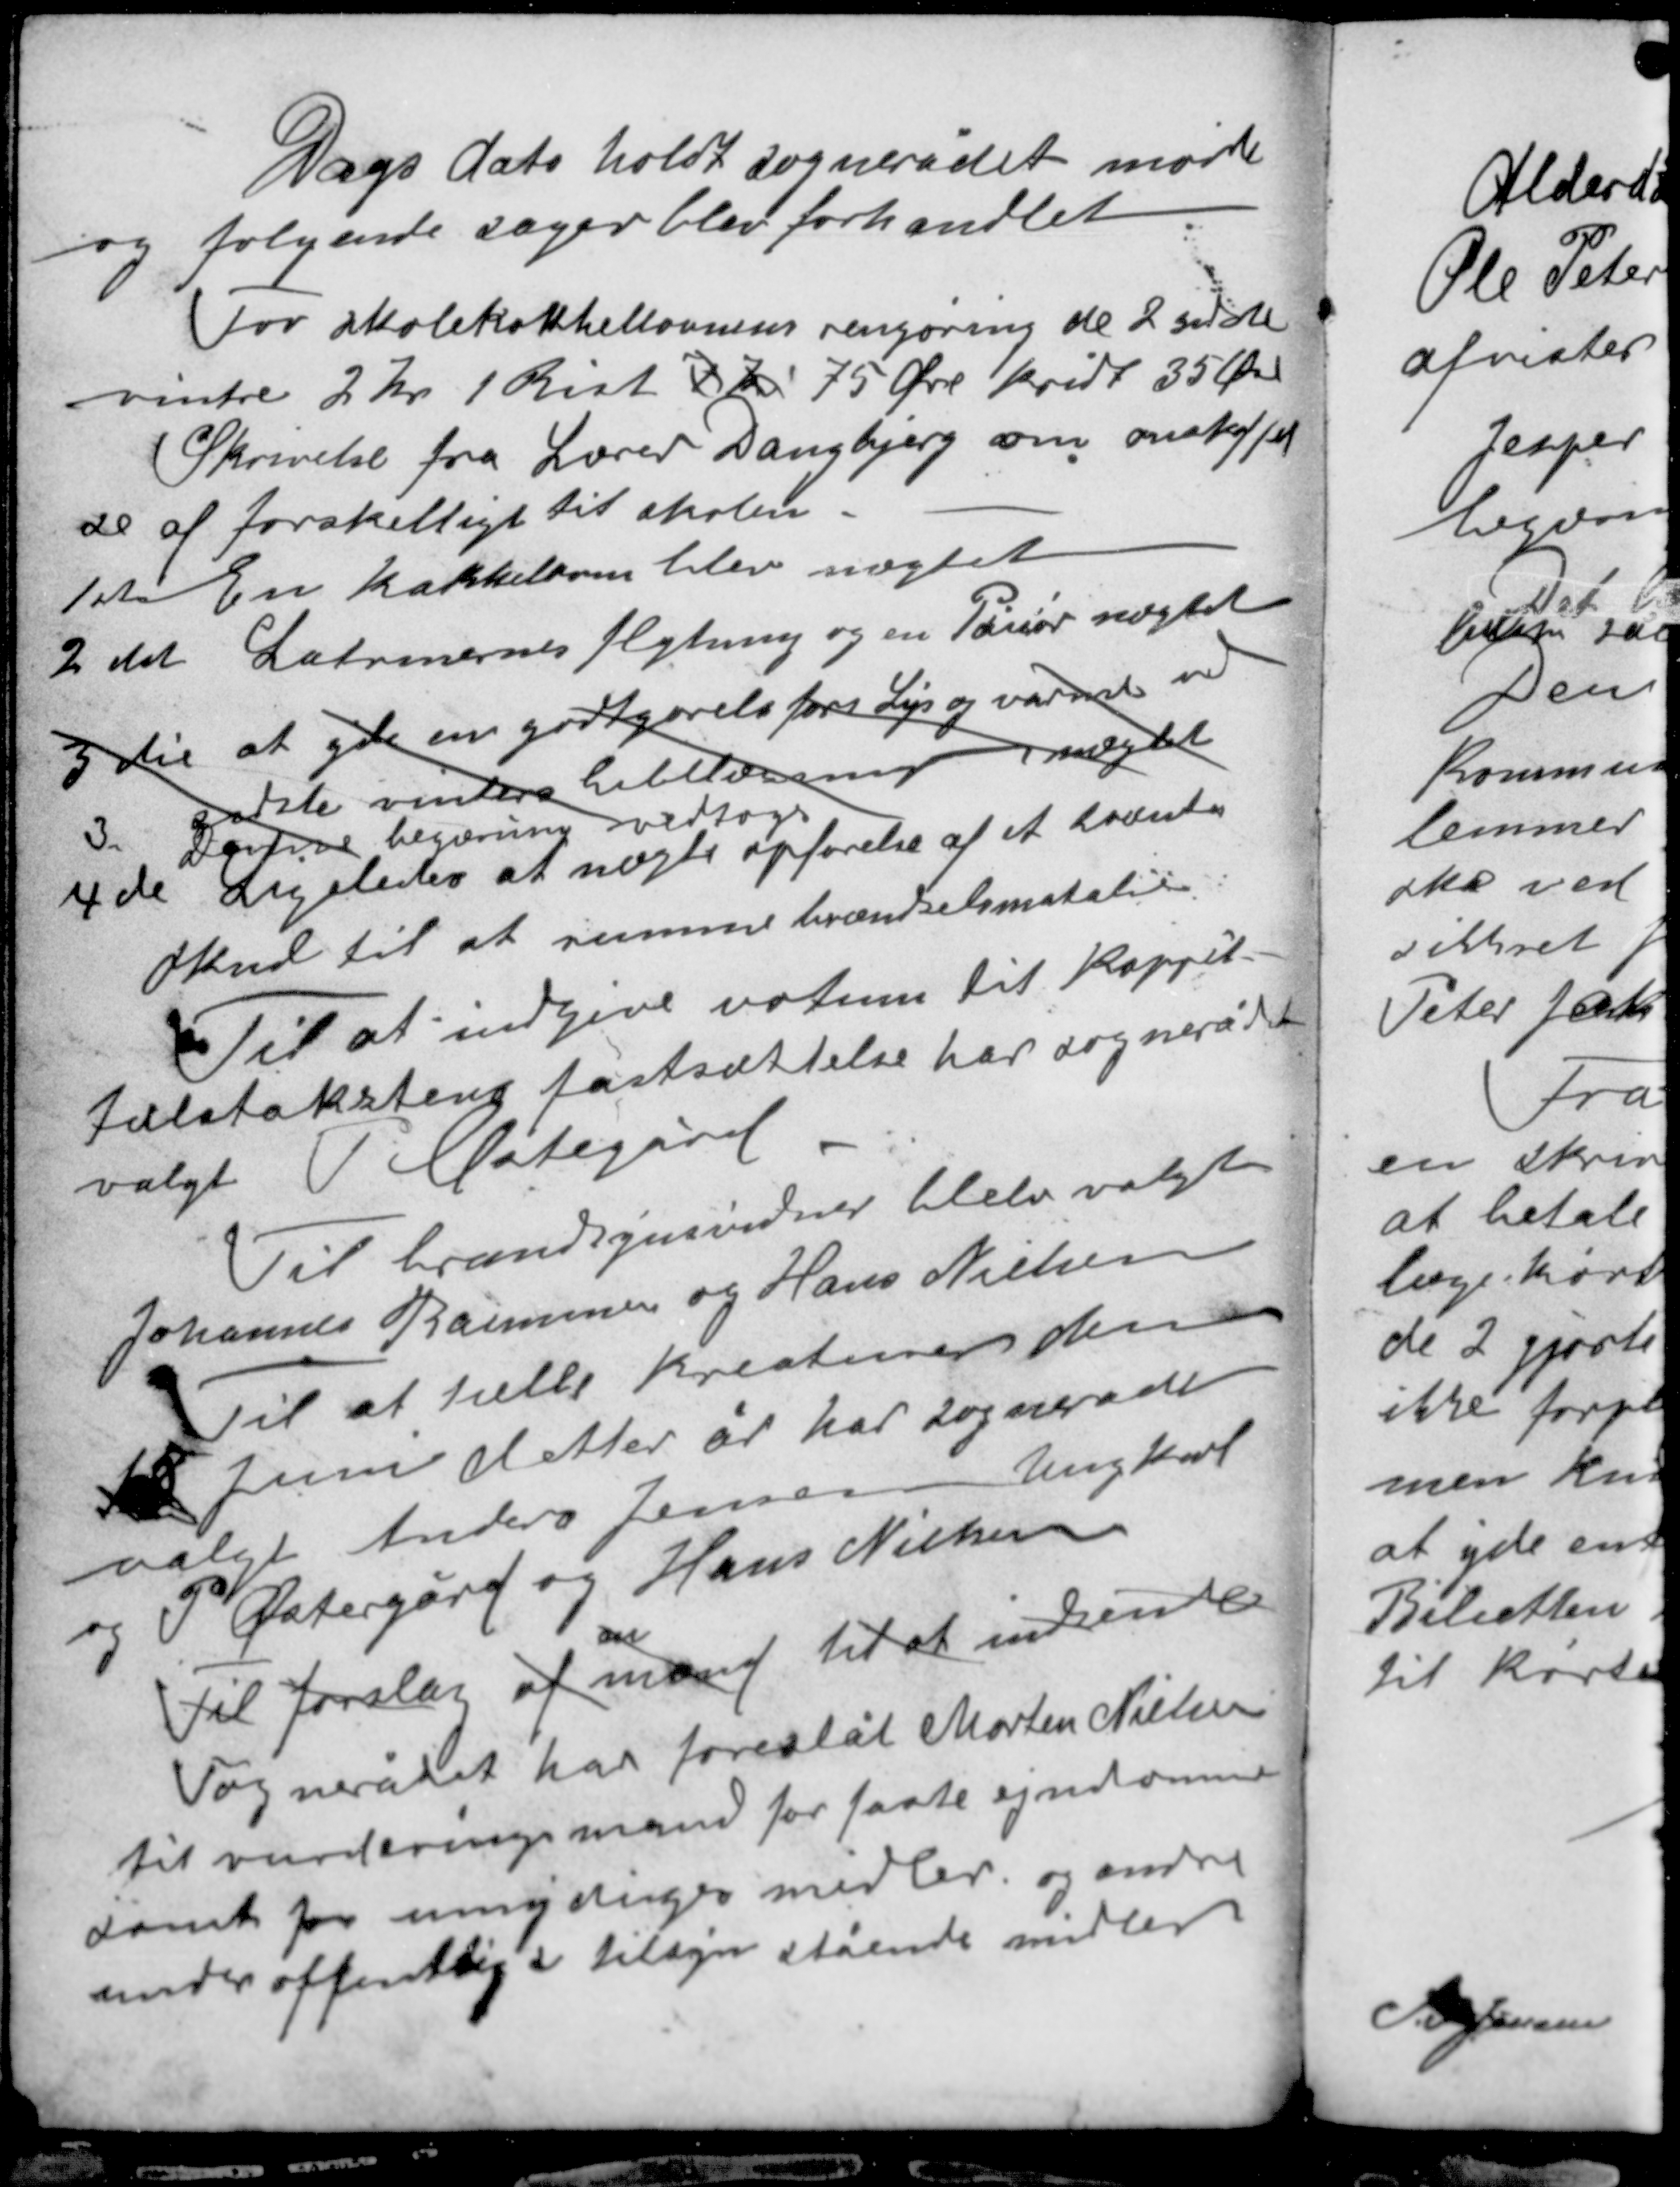
Transskription:
Dags dato holdt sognerådet møde
og følgende sager blev forhandlet

For skolekakkellovnens rengøring de 2 sidste
vintre 2 kr 1 Rist 7 Kr 75 Øre kridt 35 Øre
Skrivelse fra Lærer Daugbjerg om anskaffel-
se af forskelligt til skolen.
1 ste En kakkelovn blev nægtet
2 det Latrinernes flytning og en Pisior nægtet

3 die at yde en godtgørelse for Lys og varmt vand
sidste vinters bibellæsning nægtet
3 Denne begæring vedtogs
4de Ligeledes at nægte opførelse af et brænde-

skud til at rumme brændselsmatalie
Til at indgive votum til kappit-
telstakstens fastsættelse har sognerådet
valgt P Mategård.

Til brændsynsvidner blev valgt
Johannes Rasmussen og Hans Nielsen
Til at tælle Kreaturer den
18 Juni dette år har sognerådet
valgt Anders Jensen Ungkarl
og P Østergård og Hans Nielsen
om
Til forslag af mænd til at indsende
Sognerådet har foreslåt Morten Nielsen
til vurderingsmand for faste ejendomme
samt for umyndiges midler og andre
andre offentlige tilsyn stående midler